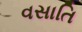
વસાતિ